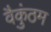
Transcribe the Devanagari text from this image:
वैकुंठम